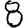
Digit: 8